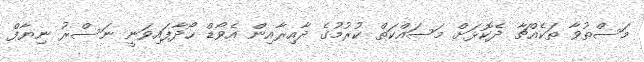
މަސްތުވާ ތަކެއްޗާ ދެކޮޅަށް މަސައްކަތް ކުރުމުގެ ދާއިރާއިން އެވޯޑް ހޯދާފައިވަނީ ނަސްރު ނިޔާފް